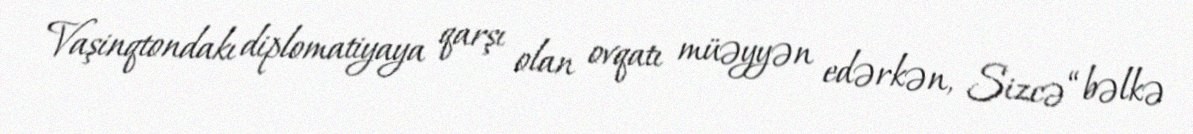
Vaşinqtondakı diplomatiyaya qarşı olan ovqatı müəyyən edərkən, Sizcə “bəlkə